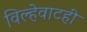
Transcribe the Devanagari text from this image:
विल्हेवाटही